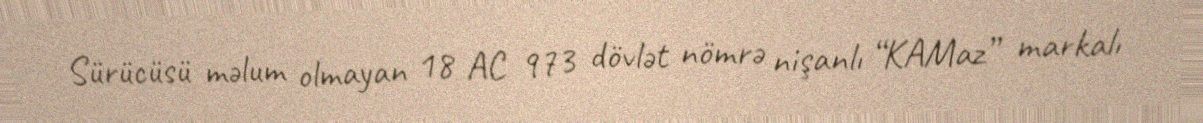
Sürücüsü məlum olmayan 18 AC 973 dövlət nömrə nişanlı “KAMaz” markalı